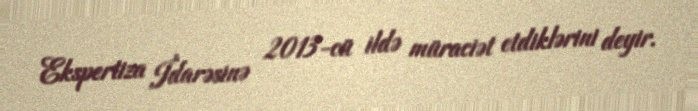
Ekspertiza İdarəsinə 2013-cü ildə müraciət etdiklərini deyir.